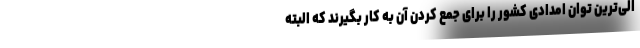
الی‌ترین توان امدادی کشور را برای جمع کردن آن به کار بگیرند که البته